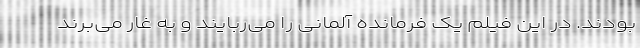
بودند. در این فیلم یک فرمانده آلمانی را می‌ربایند و به غار می‌برند